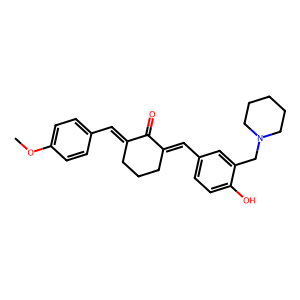
SMILES: COc1ccc(C=C2CCCC(=Cc3ccc(O)c(CN4CCCCC4)c3)C2=O)cc1
Inhibits HIV replication: No